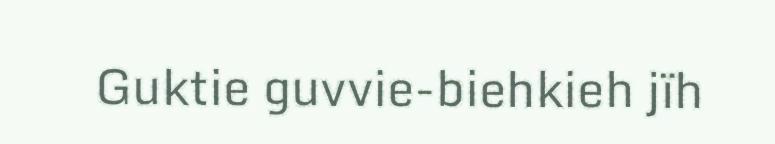
Guktie guvvie-biehkieh jïh